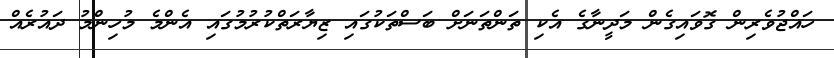
ހައްޖުވެރިން ގޮވައިގެން މަދީނާގެ އެކި ތަންތަނަށް ބަސްތަކުގައި ޒިޔާރަތްކުރުމުގައި އެންމެ މުހިންމު ދައުރެއް